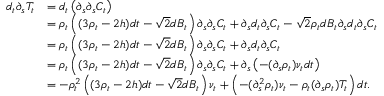
\begin{array} { r l } { d _ { t } \partial _ { s } T _ { t } } & { = d _ { t } \left( \partial _ { s } \partial _ { s } C _ { t } \right) } \\ & { = \rho _ { t } \left( ( 3 \rho _ { t } - 2 h ) d t - \sqrt { 2 } d B _ { t } \right) \partial _ { s } \partial _ { s } C _ { t } + \partial _ { s } d _ { t } \partial _ { s } C _ { t } - \sqrt { 2 } \rho _ { t } d B _ { t } \partial _ { s } d _ { t } \partial _ { s } C _ { t } } \\ & { = \rho _ { t } \left( ( 3 \rho _ { t } - 2 h ) d t - \sqrt { 2 } d B _ { t } \right) \partial _ { s } \partial _ { s } C _ { t } + \partial _ { s } d _ { t } \partial _ { s } C _ { t } } \\ & { = \rho _ { t } \left( ( 3 \rho _ { t } - 2 h ) d t - \sqrt { 2 } d B _ { t } \right) \partial _ { s } \partial _ { s } C _ { t } + \partial _ { s } \left( - ( \partial _ { s } \rho _ { t } ) \nu _ { t } d t \right) } \\ & { = - \rho _ { t } ^ { 2 } \left( ( 3 \rho _ { t } - 2 h ) d t - \sqrt { 2 } d B _ { t } \right) \nu _ { t } + \left( - ( \partial _ { s } ^ { 2 } \rho _ { t } ) \nu _ { t } - \rho _ { t } ( \partial _ { s } \rho _ { t } ) T _ { t } \right) d t . } \end{array}